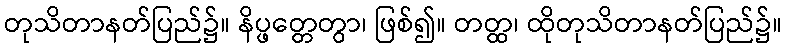
တုသိတာနတ်ပြည်၌။ နိပ္ဖတ္တေတွာ၊ ဖြစ်၍။ တတ္ထ၊ ထိုတုသိတာနတ်ပြည်၌။